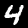
Label: 4